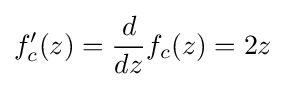
f_{c}'(z)={\frac {d}{dz}}f_{c}(z)=2z